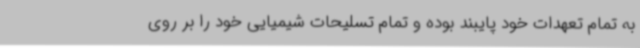
به تمام تعهدات خود پایبند بوده و تمام تسلیحات شیمیایی خود را بر روی